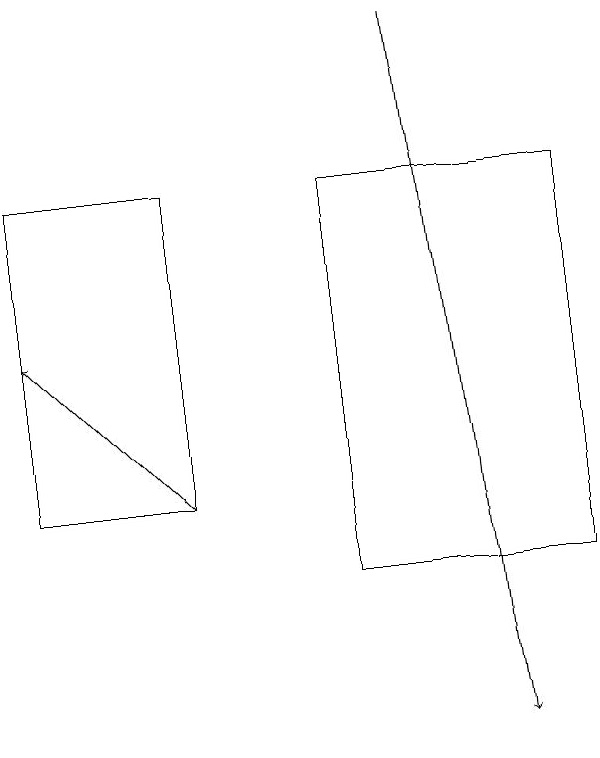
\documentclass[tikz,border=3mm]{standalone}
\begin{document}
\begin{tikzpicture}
\draw[->] (3,13) -- (1,15);
\draw[->] (6,19) -- (7,10);
\draw (3,13) rectangle (1,17);
\draw (8,12) rectangle (5,17);
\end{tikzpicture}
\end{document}